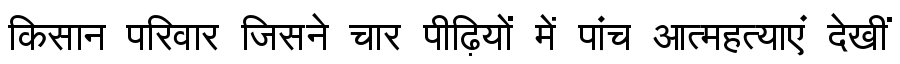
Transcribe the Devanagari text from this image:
किसान परिवार जिसने चार पीढ़ियों में पांच आत्महत्याएं देखीं